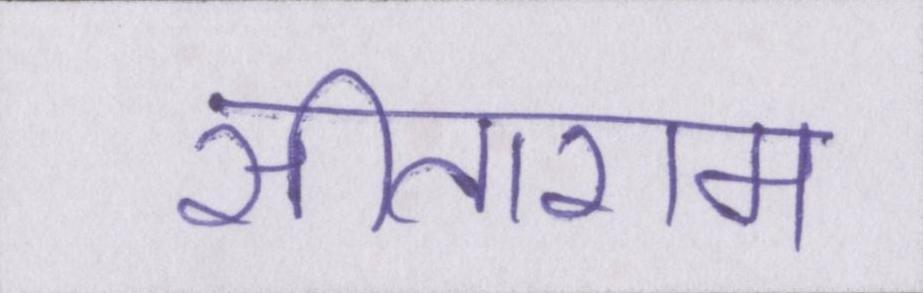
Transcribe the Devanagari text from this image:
सीताराम